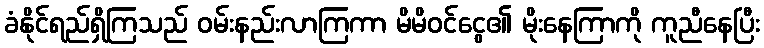
ခံနိုင်ရည်ရှိကြသည် ဝမ်းနည်းလာကြကာ မိမိဝင်ငွေ၏ မိုးနေကြာကို ကူညီနေပြီး